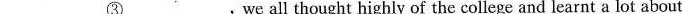
\underline{③},we all thought highly of the college and learnt a lot about